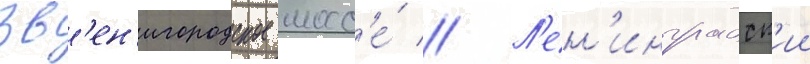
Зв'ен'игородское шосс'е́ // Л'ен'инградск'ии